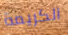
الكريمة